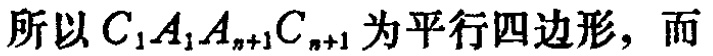
所以 \(C_{1}A_{1}A_{n + 1}C_{n + 1}\) 为平行四边形，而